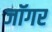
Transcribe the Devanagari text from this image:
जॉगर